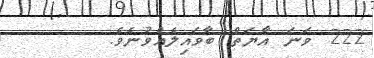
222 ވަނަ އާޔަތް ބާވައިލެއްވުނެވެ.